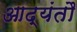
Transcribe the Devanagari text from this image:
आद्यंतौ